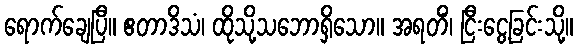
ရောက်ချေပြီ။ ဧတာဒိသံ၊ ထိုသို့သဘောရှိသော။ အရတိံ၊ ငြီးငွေ့ခြင်းသို့။